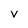
Character: v